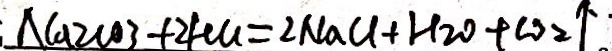
: N a _ { 2 } C O 3 + 2 H C l = 2 N a C l + H _ { 2 } 0 + C O _ { 2 } \uparrow